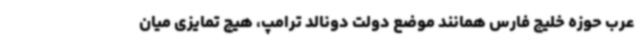
عرب حوزه خلیج فارس همانند موضع دولت دونالد ترامپ، هیچ تمایزی میان